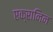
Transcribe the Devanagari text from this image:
एक्रानिन